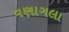
વણાગલા